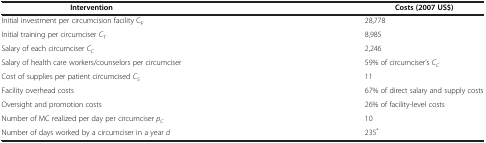
| Intervention | Costs (2007 US$) |
 | --- | --- |
 | Initial investment per circumcision facility CF | 28,778 |
 | Initial training per circumciser CT | 8,985 |
 | Salary of each circumciser CC | 2,246 |
 | Salary of health care workers/counselors per circumciser | 59% of circumciser’s CC |
 | Cost of supplies per patient circumcised CS | 11 |
 | Facility overhead costs | 67% of direct salary and supply costs |
 | Oversight and promotion costs | 26% of facility-level costs |
 | Number of MC realized per day per circumciser pC | 10 |
 | Number of days worked by a circumciser in a year d | 235* |